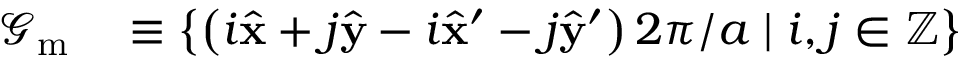
\begin{array} { r l } { \mathcal { G } _ { \mathrm { m } } } & { { } \equiv \left\{ \left( { i } \hat { \mathbf { x } } + { j } \hat { \mathbf { y } } - { i } \hat { \mathbf { x } } ^ { \prime } - { j } \hat { \mathbf { y } } ^ { \prime } \right) 2 \pi / a \mid { i } , { j } \in \mathbb { Z } \right\} } \end{array}